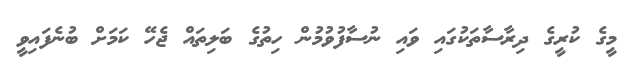
މީގެ ކުރީގެ ދިރާސާތަކުގައި ވައި ނުސާފުވުމުން ހިތުގެ ބަލިތައް ޖެހޭ ކަމަށް ބުނެފައިވީ